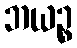
ဘယဉ္စ